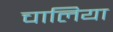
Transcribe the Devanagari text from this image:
चालिया